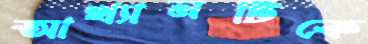
আখ্যানটিকে